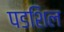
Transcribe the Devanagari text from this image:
पडशिल